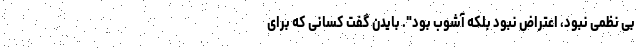
بی نظمی نبود، اعتراض نبود بلکه آشوب بود". بایدن گفت کسانی که برای